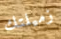
زميلتك